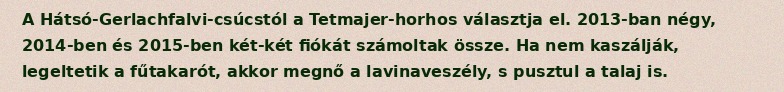
A Hátsó-Gerlachfalvi-csúcstól a Tetmajer-horhos választja el. 2013-ban négy, 2014-ben és 2015-ben két-két fiókát számoltak össze. Ha nem kaszálják, legeltetik a fűtakarót, akkor megnő a lavinaveszély, s pusztul a talaj is.